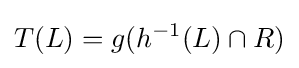
T(L)=g(h^{-1}(L)\cap R)